Vaccination report Assam 1896-1927 - 1896-1927
Year: 1896
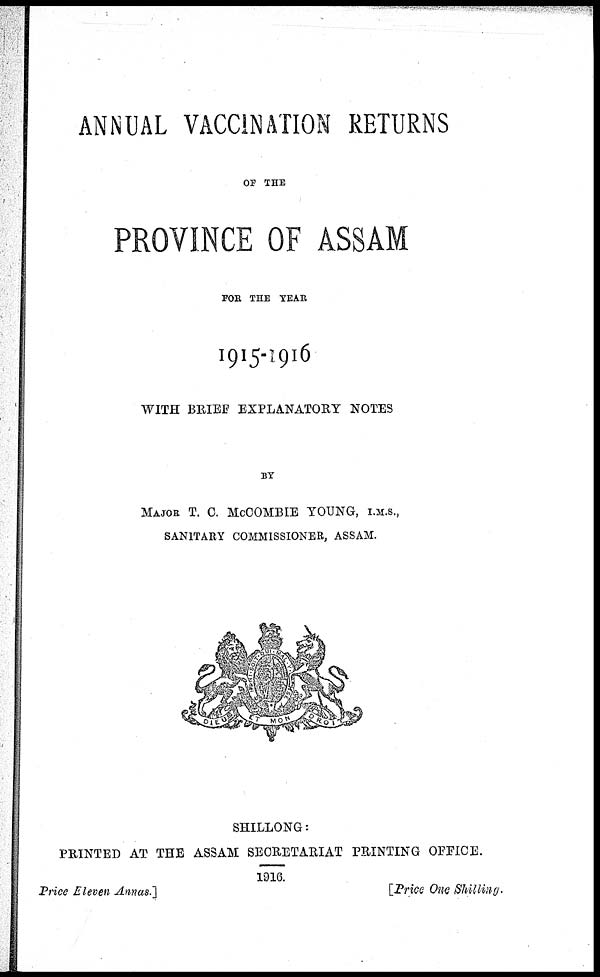
ANNUAL VACCINATION RETURNS
OF THE
PROVINCE OF ASSAM
FOR THE YEAR
1915-1916
WITH BRIEF EXPLANATORY NOTES
BY
MAJOR T. C. McCOMBIE YOUNG, I.M.S.,
SANITARY COMMISSIONER, ASSAM.
SHILLONG :
PRINTED AT THE ASSAM SECRETARIAT PRINTING OFFICE.
1916.
Price Eleven Annas.]
[Price One Shilling.